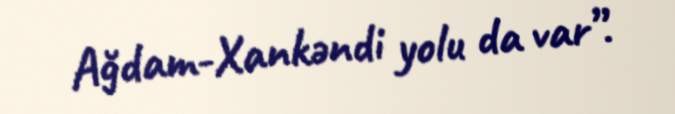
Ağdam-Xankəndi yolu da var”.